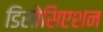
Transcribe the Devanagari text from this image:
डिसोसिएशन